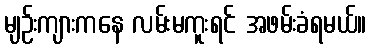
မျဉ်းကျားကနေ လမ်းမကူးရင် အဖမ်းခံရမယ်။